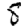
Digit: 8